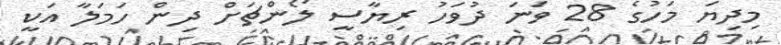
މިދިޔަ މަހުގެ 28 ވަނަ ދުވަހު ރިޔާސީ ލޯންޗަށް ދިން ހަމަލާ އަކީ